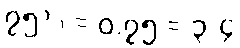
၇၅% = ၀.၇၅ = ၃/၄